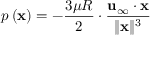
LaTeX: p \left( \mathbf { x } \right) = - { \frac { 3 \mu R } { 2 } } \cdot { \frac { \mathbf { u } _ { \infty } \cdot \mathbf { x } } { \| \mathbf { x } \| ^ { 3 } } }